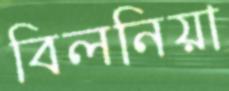
বিলনিয়া